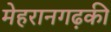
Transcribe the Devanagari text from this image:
मेहरानगढ़की